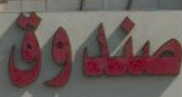
صندوق